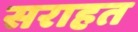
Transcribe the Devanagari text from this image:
सराहत